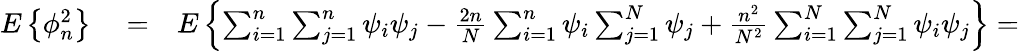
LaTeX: \begin{array}{rlr}{E\left\{ \phi_{n}^{2}\right\} }&{{}=}&{E\left\{ \sum_{i=1}^{n}\sum_{j=1}^{n}\psi_{i}\psi_{j}-{\frac{2n}{N}}\sum_{i=1}^{n}\psi_{i}\sum_{j=1}^{N}\psi_{j}+{\frac{n^{2}}{N^{2}}}\sum_{i=1}^{N}\sum_{j=1}^{N}\psi_{i}\psi_{j}\right\} =}\end{array}